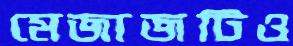
মেজাজটিও